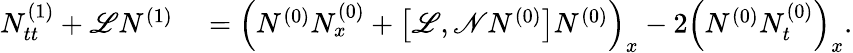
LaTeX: \begin{array}{rl}{N_{tt}^{(1)}+\mathscr{L}N^{(1)}}&{{}=\left(N^{(0)}N_{x}^{(0)}+\left[\mathscr{L},\mathscr{N}N^{(0)}\right]N^{(0)}\right)_{x}-2\left(N^{(0)}N_{t}^{(0)}\right)_{x}.}\end{array}